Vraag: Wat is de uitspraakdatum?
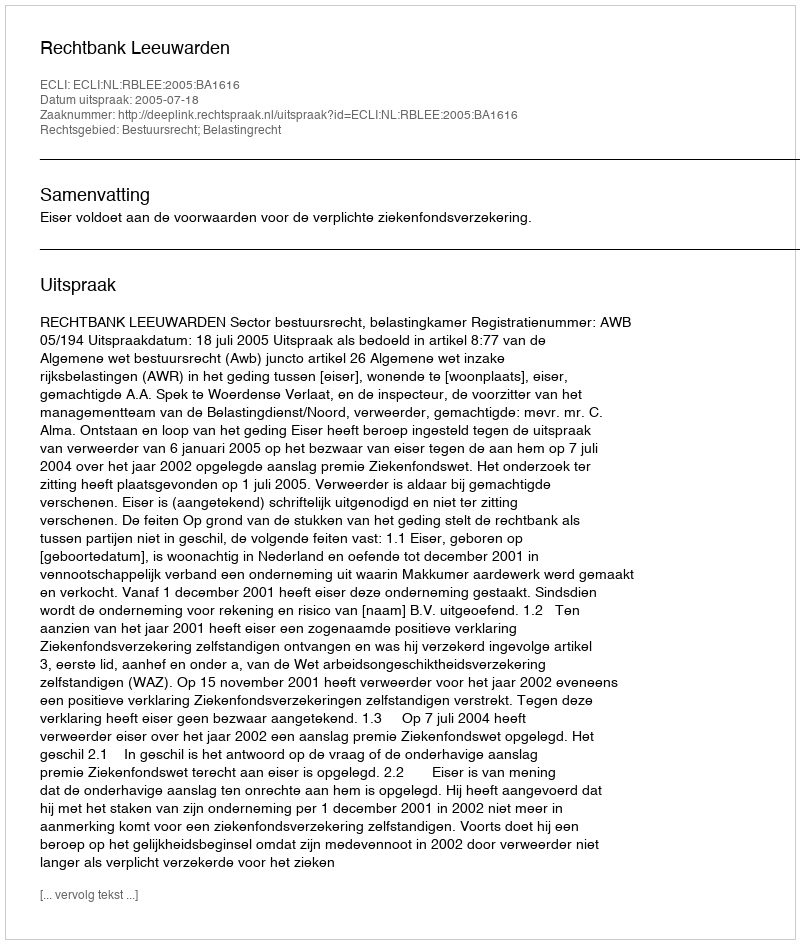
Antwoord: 2005-07-18